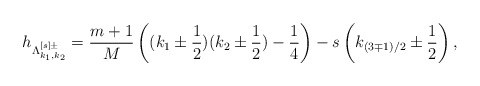
\begin{align*}h_{\Lambda^{[s]\pm}_{k_1,k_2}}=\dfrac{m+1}{M} \left( ( k_1\pm\dfrac{1}{2}) ( k_2\pm \dfrac{1}{2}) -\dfrac{1}{4}\right)-s\left( k_{(3\mp 1)/2}\pm \dfrac{1}{2} \right),\end{align*}